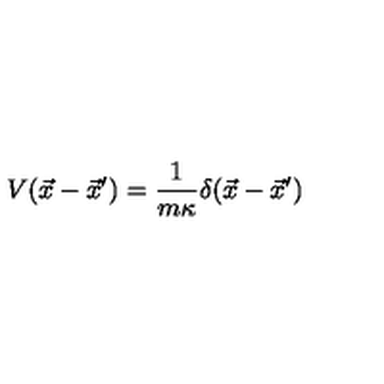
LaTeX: V ( \vec { x } - \vec { x } ^ { \prime } ) = { \frac { 1 } { m \kappa } } \delta ( \vec { x } - \vec { x } ^ { \prime } )